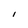
Character: I